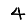
Digit: 4